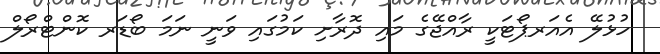
ހުޅުލޭ އެއަރޕޯޓަކީ ރާއްޖޭގެ މައި ދޮރާށި ކަމުގައި ވަނީ ނަމަ ބޯޑަރ ކޮންޓްރޯލް